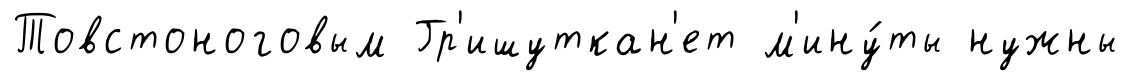
Товстоноговым Гр'ишуткан'ет м'ину́ты нужны